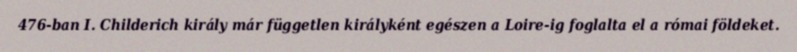
476-ban I. Childerich király már független királyként egészen a Loire-ig foglalta el a római földeket.